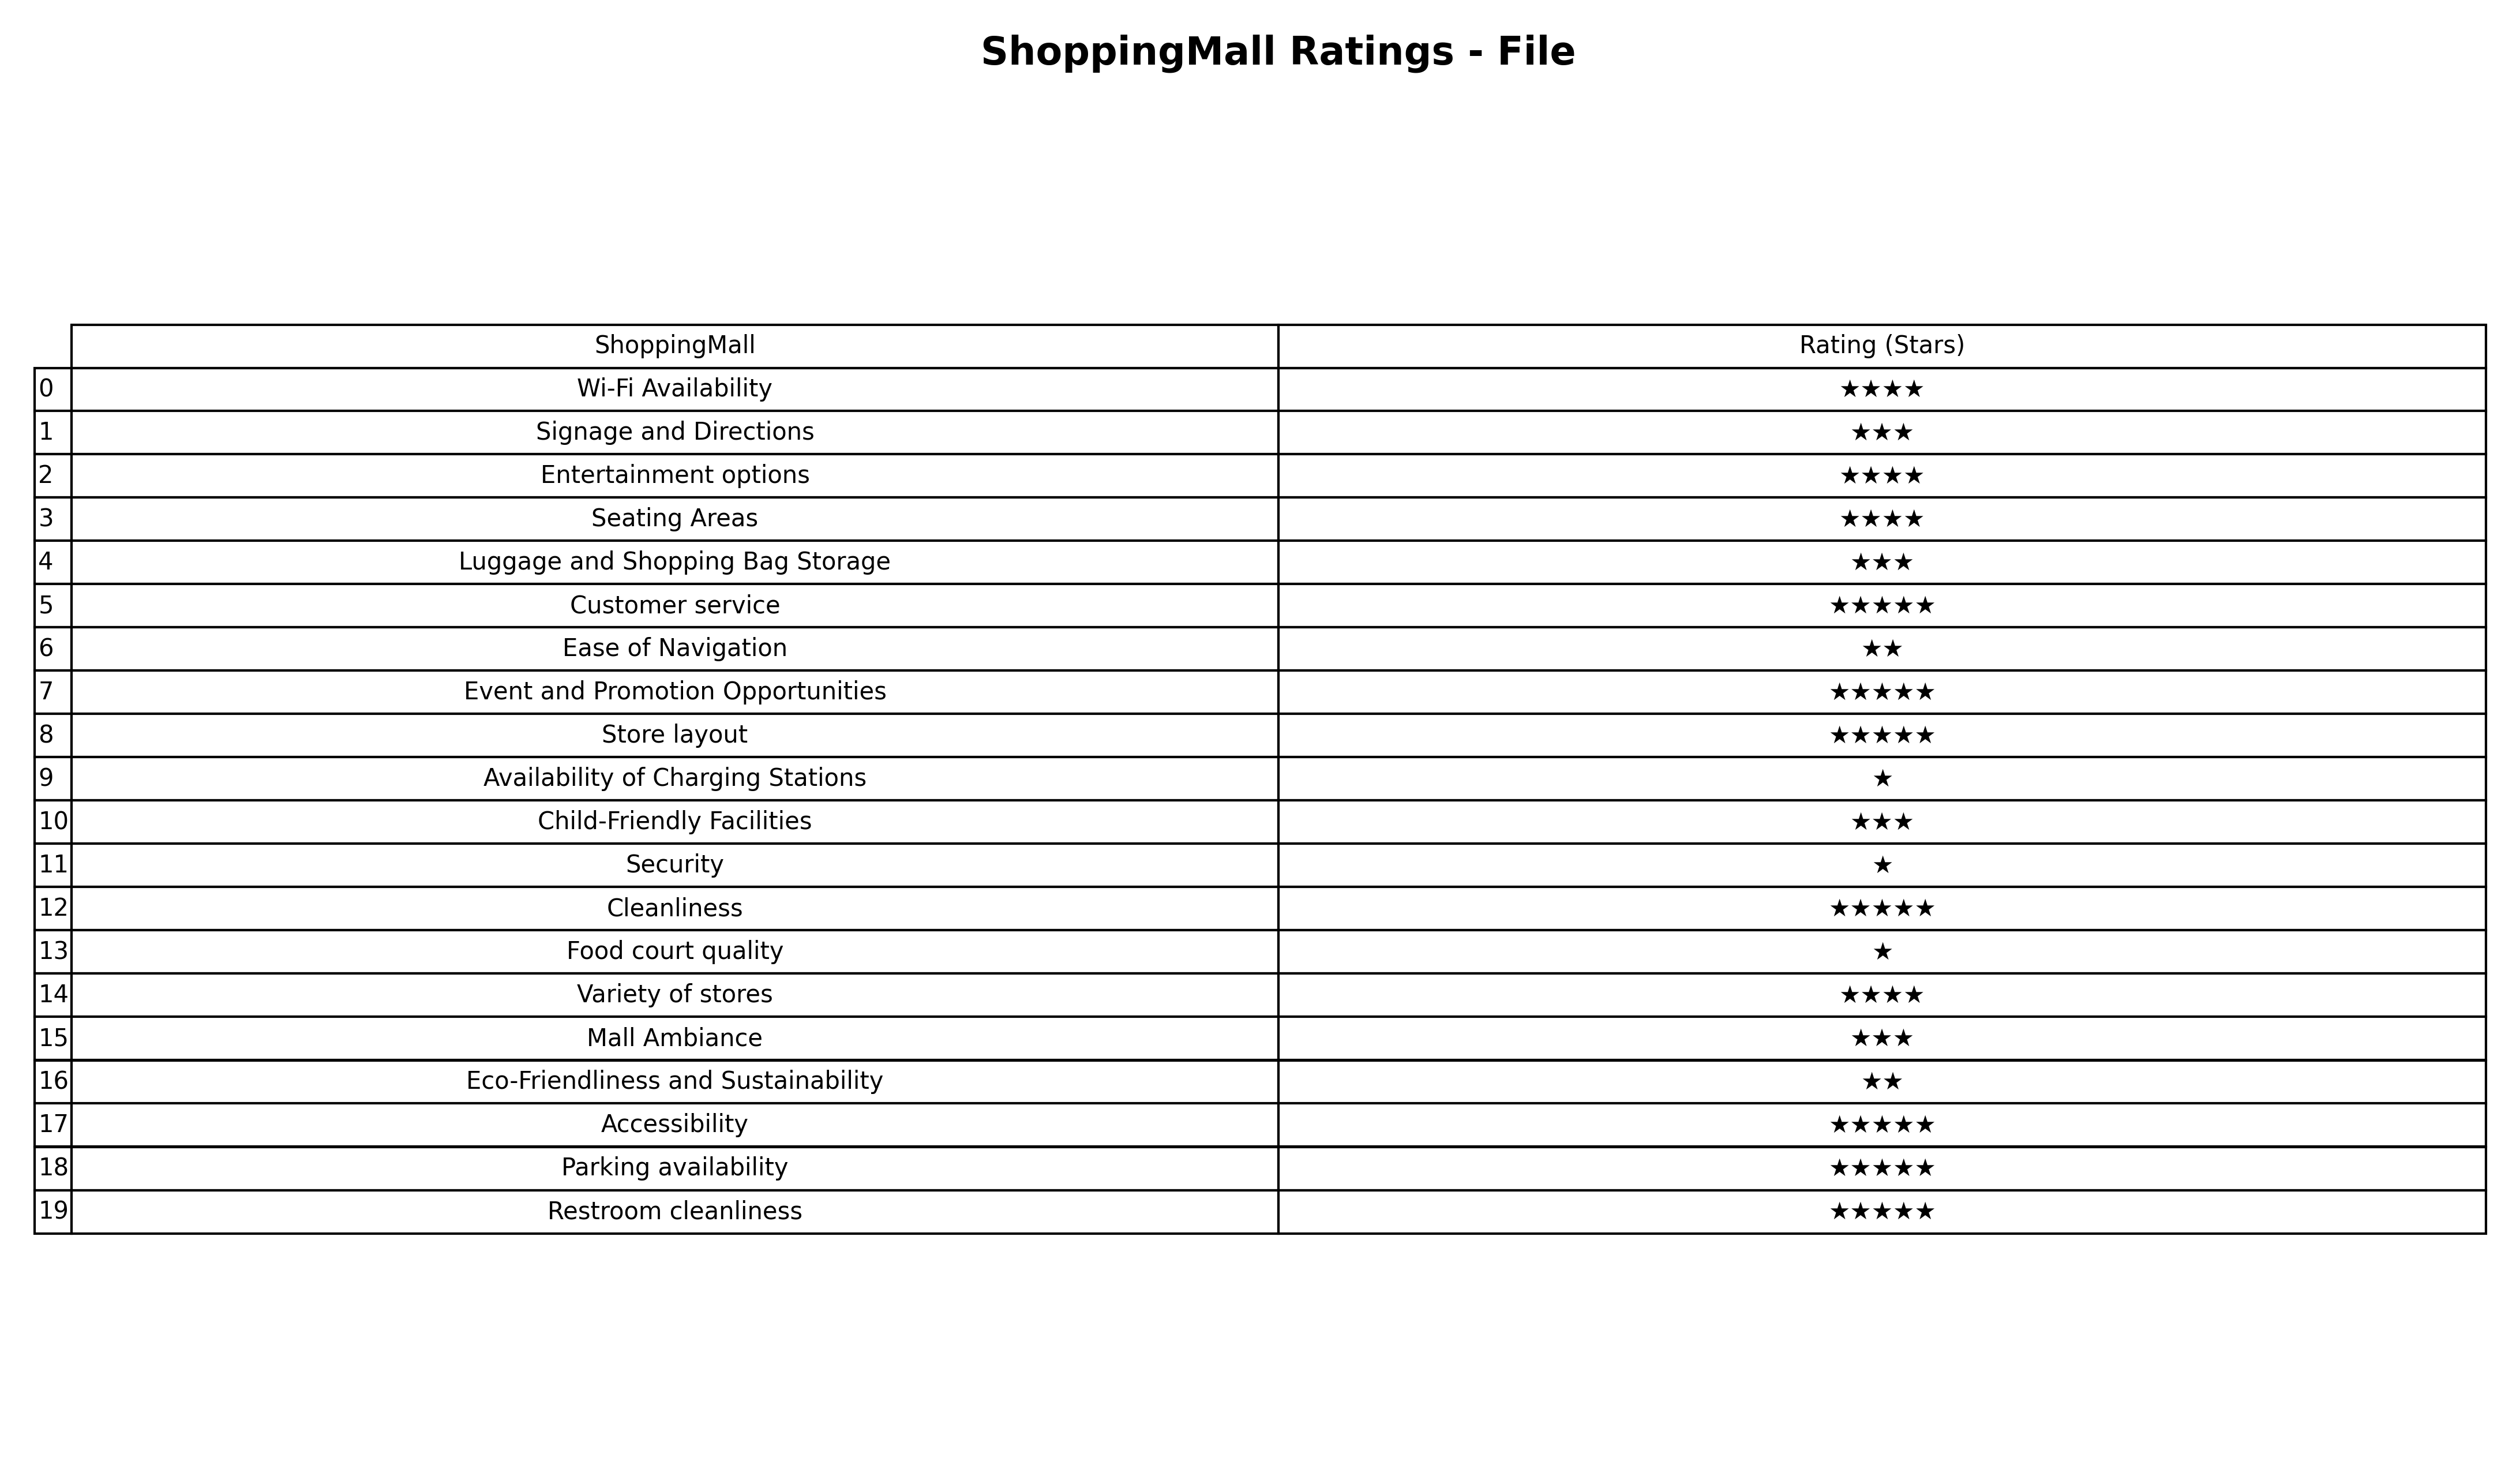
question: Which services are rated average?
answer: Signage and DirectionsLuggage and Shopping Bag StorageChild-Friendly FacilitiesMall Ambiance